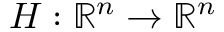
\boldsymbol { H } : \mathbb { R } ^ { n } \rightarrow \mathbb { R } ^ { n }